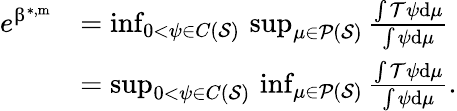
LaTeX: \begin{array}{rl}{e^{\upbeta^{*,\mathrm{m}}}}&{=\operatorname*{inf}_{0<\psi\in C({\mathcal{S}})}\, \operatorname*{sup}_{\mu\in{\mathcal{P}}({\mathcal{S}})}\frac{\int{\mathcal{T}}\psi\mathrm{d}\mu}{\int\psi\mathrm{d}\mu}}\\ &{=\operatorname*{sup}_{0<\psi\in C({\mathcal{S}})}\, \operatorname*{inf}_{\mu\in{\mathcal{P}}({\mathcal{S}})}\frac{\int{\mathcal{T}}\psi\mathrm{d}\mu}{\int\psi\mathrm{d}\mu}.}\end{array}